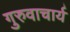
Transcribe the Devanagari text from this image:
गुरुवाचार्य